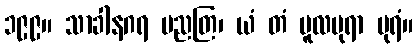
၁၉၉။ သာခါနဂရ မညတြ၊ ယံ တံ မူလပုရာ ပုရံ။